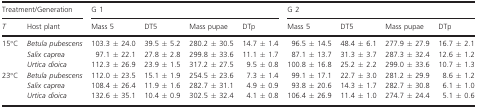
<table><thead><tr><td colspan="2"><b>Treatment/Generation</b></td><td colspan="4"><b>G 1</b></td><td colspan="4"><b>G 2</b></td></tr><tr><td><b><i>T</i></b></td><td><b>Host plant</b></td><td><b>Mass 5</b></td><td><b>DT5</b></td><td><b>Mass pupae</b></td><td><b>DTp</b></td><td><b>Mass 5</b></td><td><b>DT5</b></td><td><b>Mass pupae</b></td><td><b>DTp</b></td></tr></thead><tbody><tr><td rowspan="3">15°C</td><td><i>Betula pubescens</i></td><td>103.3 ± 24.0</td><td>39.5 ± 5.2</td><td>280.2 ± 30.5</td><td>14.7 ± 1.4</td><td>96.5 ± 14.5</td><td>48.4 ± 6.1</td><td>277.9 ± 27.9</td><td>16.7 ± 2.1</td></tr><tr><td><i>Salix caprea</i></td><td>97.1 ± 22.1</td><td>27.8 ± 2.8</td><td>299.8 ± 33.6</td><td>11.1 ± 1.7</td><td>87.1 ± 13.7</td><td>31.3 ± 3.7</td><td>287.3 ± 32.4</td><td>12.6 ± 1.2</td></tr><tr><td><i>Urtica dioica</i></td><td>112.3 ± 26.9</td><td>23.9 ± 1.5</td><td>317.2 ± 27.5</td><td>9.5 ± 0.8</td><td>100.8 ± 16.8</td><td>25.2 ± 2.2</td><td>299.0 ± 33.6</td><td>10.7 ± 1.3</td></tr><tr><td rowspan="3">23°C</td><td><i>Betula pubescens</i></td><td>112.0 ± 23.5</td><td>15.1 ± 1.9</td><td>254.5 ± 23.6</td><td>7.3 ± 1.4</td><td>99.1 ± 17.1</td><td>22.7 ± 3.0</td><td>281.2 ± 29.9</td><td>8.6 ± 1.2</td></tr><tr><td><i>Salix caprea</i></td><td>108.4 ± 26.4</td><td>11.9 ± 1.6</td><td>282.7 ± 31.1</td><td>4.9 ± 0.9</td><td>93.8 ± 20.6</td><td>14.3 ± 1.7</td><td>282.7 ± 30.8</td><td>6.1 ± 1.0</td></tr><tr><td><i>Urtica dioica</i></td><td>132.6 ± 35.1</td><td>10.4 ± 0.9</td><td>302.5 ± 32.4</td><td>4.1 ± 0.8</td><td>106.4 ± 26.9</td><td>11.4 ± 1.0</td><td>274.7 ± 24.4</td><td>5.1 ± 0.6</td></tr></tbody></table>